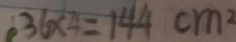
3 6 \times 4 = 1 4 4 c m ^ { 2 }